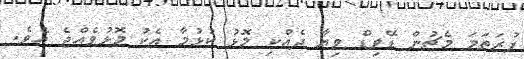
ފުރަތަމަ މެޗުން ޑޭވިޑް ވިޔާ ދެއްކި މޮޅު ކުޅުމާ އެކު މޮޅުވެއްޖެ އެވެ.